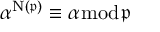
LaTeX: \alpha ^ { \mathrm { { N } } ( { \mathfrak { p } } ) } \equiv \alpha { \bmod { \mathfrak { p } } }